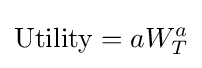
{\text{Utility}}=aW_{T}^{a}